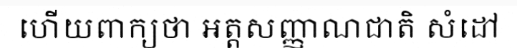
ហើយពាក្យថា អត្តសញ្ញាណជាតិ សំដៅ